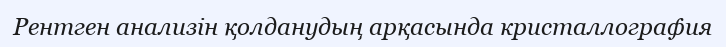
Рентген анализін қолданудың арқасында кристаллография